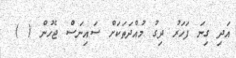
އަދި ގިނަ ފަހަރު ދިގު މުއްދަތަކަށް ސައިނަސް ޖެހުން ( )